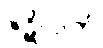
ဇဋိလကံ